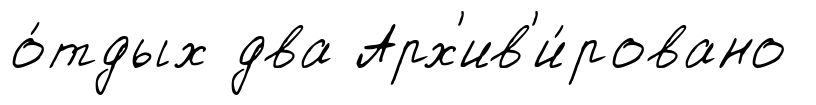
о́тдых два Арх'ив'и́ровано